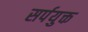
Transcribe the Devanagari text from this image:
सर्पयुक्त